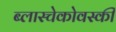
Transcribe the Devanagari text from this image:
ब्लास्चेकोवस्की